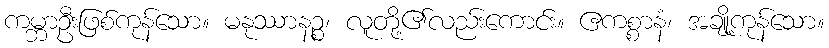
ကမ္ဘာဦးဖြစ်ကုန်သော။ မနုဿာနဉ္စ၊ လူတို့၏လည်းကောင်း။ ဧကစ္စာနံ၊ အချို့ကုန်သော။